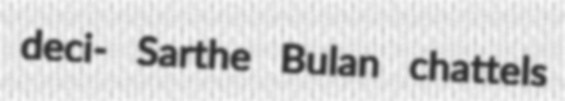
deci- Sarthe Bulan chattels